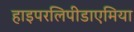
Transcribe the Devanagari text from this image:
हाइपरलिपीडाएमिया